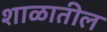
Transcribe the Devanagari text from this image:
शाळातील